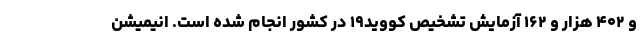
و ۴۰۲ هزار و ۱۶۲ آزمایش تشخیص کووید۱۹ در کشور انجام شده است. انیمیشن